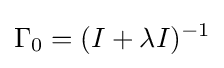
\Gamma _{0}=(I+\lambda I)^{-1}